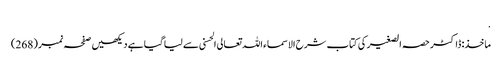
.
ماخذ: ڈاکٹر حصہ الصغیر کی کتاب شرح الاسماء اللہ تعالی الحسنی سے لیا گیا ہے دیکھیں صفحہ نمبر (268)